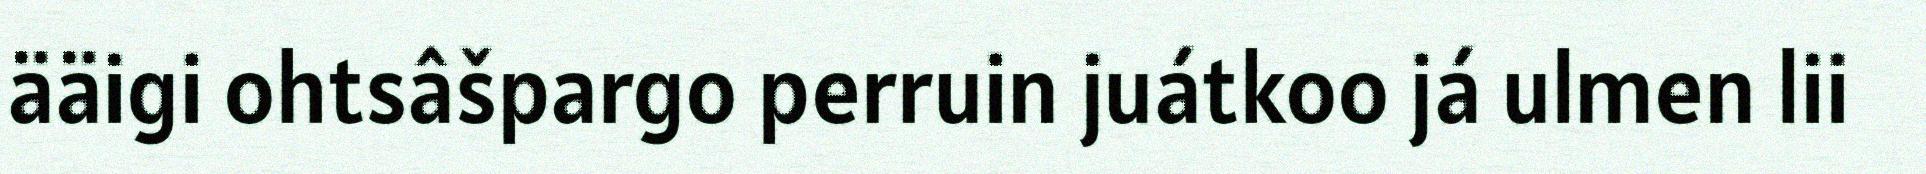
ääigi ohtsâšpargo perruin juátkoo já ulmen lii